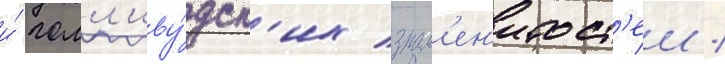
и́ голл'иву́дск'их знам'ен'итост'еи /